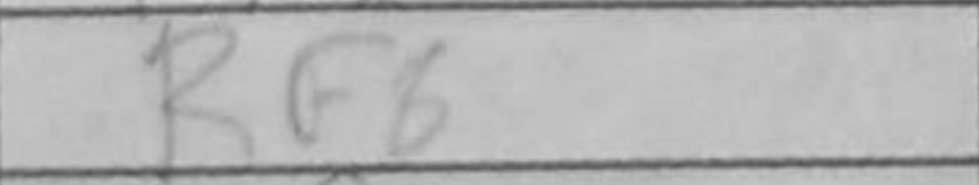
Transcription: Rf8